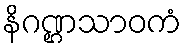
နိဂဏ္ဌသာဝကံ